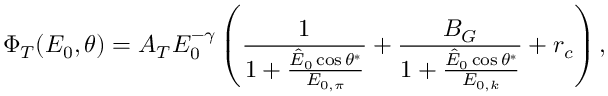
\Phi _ { T } ( E _ { 0 } , \theta ) = A _ { T } E _ { 0 } ^ { - \gamma } \left( \frac { 1 } { 1 + \frac { \hat { E } _ { 0 } \cos \theta ^ { * } } { E _ { 0 , \pi } } } + \frac { B _ { G } } { 1 + \frac { \hat { E } _ { 0 } \cos \theta ^ { * } } { E _ { 0 , k } } } + r _ { c } \right) ,